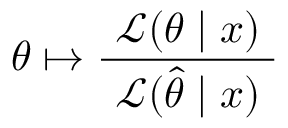
\theta \mapsto { \frac { ~ { \mathcal { L } } ( \theta \mid x ) ~ } { ~ { \mathcal { L } } ( { \hat { \theta } } \mid x ) ~ } }